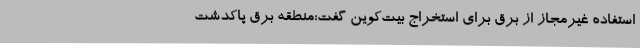
استفاده غیرمجاز از برق برای استخراج بیت‌کوین گفت:منطقه برق پاکدشت